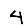
Digit: 4